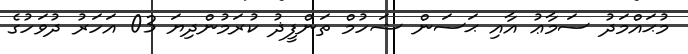
މުޙައްމަދު ސަމާޢު އާއި ޙަސަން ޝަހުމް ތަންފީޛު ކުރަމުންދިޔަ 03 އަހަރު ދުވަހުގެ